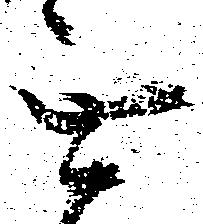
無